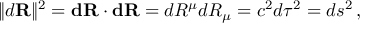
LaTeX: \| d \mathbf { R } \| ^ { 2 } = \mathbf { d R \cdot d R } = d R ^ { \mu } d R _ { \mu } = c ^ { 2 } d \tau ^ { 2 } = d s ^ { 2 } \, ,